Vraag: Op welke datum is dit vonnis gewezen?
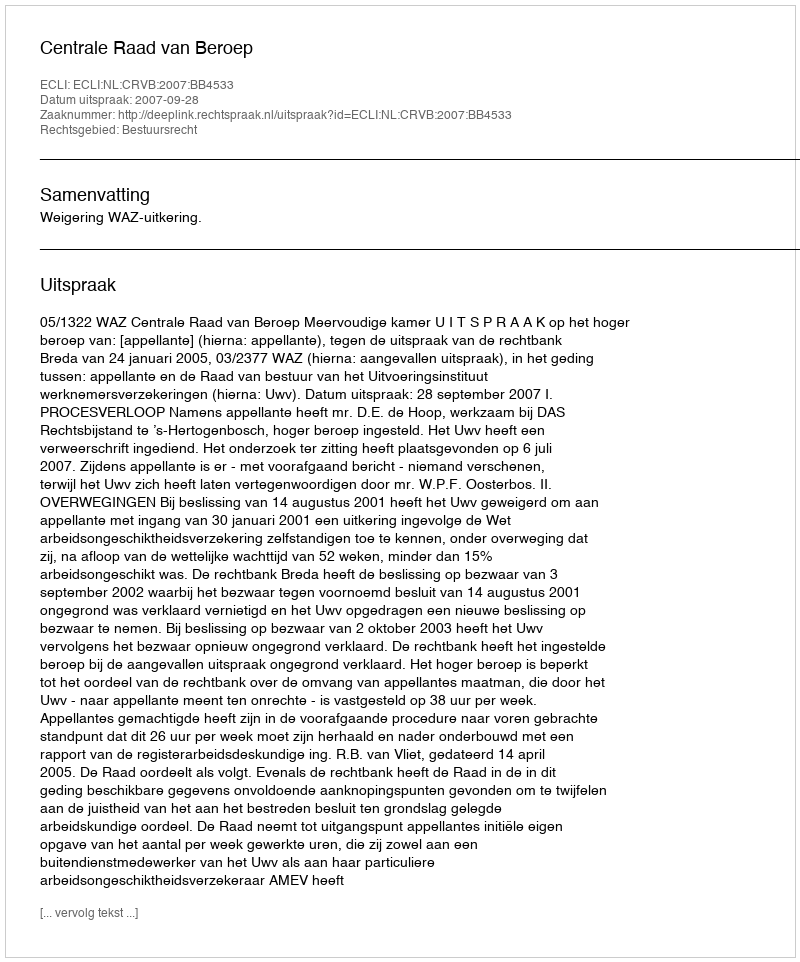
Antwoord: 2007-09-28